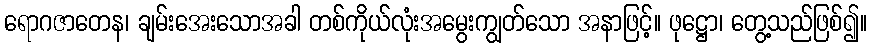
ရောဂဇာတေန၊ ချမ်းအေးသောအခါ တစ်ကိုယ်လုံးအမွေးကျွတ်သော အနာဖြင့်။ ဖုဋ္ဌော၊ တွေ့သည်ဖြစ်၍။